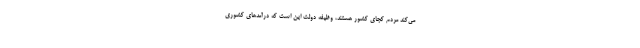
می‌کند مردم کجای کشور هستند، وظیفه دولت این است که درآمدهای کشوری